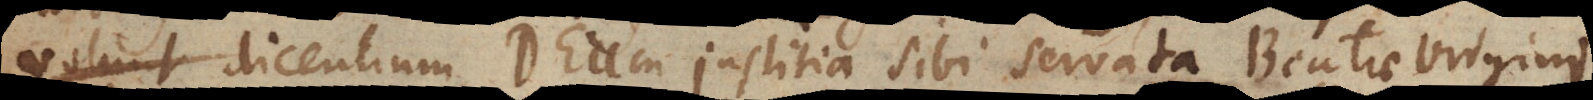
voces dicentium Deum justitia sibi servata Beatae Virgini